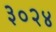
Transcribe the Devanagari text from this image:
३०२४